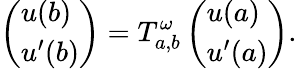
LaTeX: \left(\begin{array}{l}{u(b)}\\ {u^{\prime}(b)}\end{array}\right)=T_{a,b}^{\omega}\left(\begin{array}{l}{u(a)}\\ {u^{\prime}(a)}\end{array}\right).